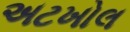
અટખોલ